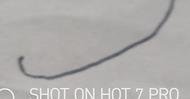
Signature authenticity: forged